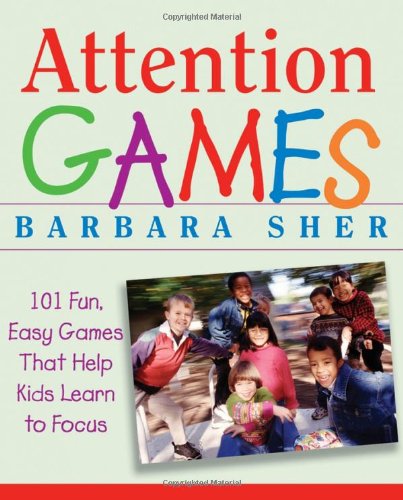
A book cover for Attention Games: 101 Fun, Easy Games That Help Kids Learn To Focus; Barbara Sher; Education & Teaching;